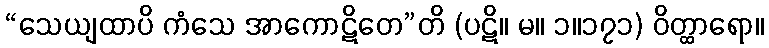
“သေယျထာပိ ကံသေ အာကောဋိတေ”တိ (ပဋိ။ မ။ ၁။၁၇၁) ဝိတ္ထာရော။